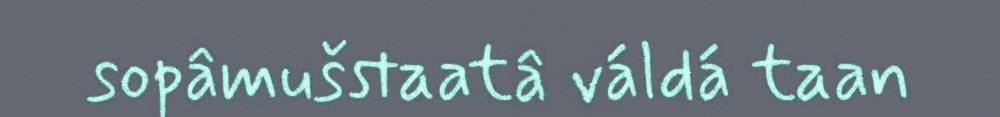
sopâmušstaatâ váldá taan